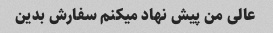
عالی من پیش نهاد میکنم سفارش بدین